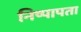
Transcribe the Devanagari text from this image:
निष्पापता